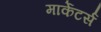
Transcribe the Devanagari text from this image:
मार्केटर्स